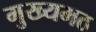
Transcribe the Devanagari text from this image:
मुख्यमठ